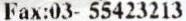
FAX:03- 55423213